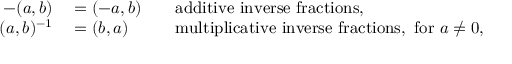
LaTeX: \begin{array} { r l r l } { - ( a , b ) } & { { } = ( - a , b ) } & { } & { { } { \mathrm { a d d i t i v e ~ i n v e r s e ~ f r a c t i o n s , } } } \\ { ( a , b ) ^ { - 1 } } & { { } = ( b , a ) } & { } & { { } { \mathrm { m u l t i p l i c a t i v e ~ i n v e r s e ~ f r a c t i o n s , ~ f o r ~ } } a \neq 0 , } \end{array}